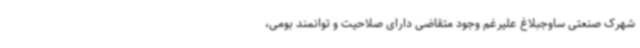
شهرک صنعتی ساوجبلاغ علیرغم وجود متقاضی دارای صلاحیت و توانمند بومی،